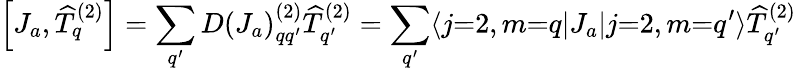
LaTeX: \left[J_{a},{\widehat{T}}_{q}^{(2)}\right]=\sum_{q^{\prime}}{D(J_{a})}_{qq^{\prime}}^{(2)}{\widehat{T}}_{q^{\prime}}^{(2)}=\sum_{q^{\prime}}\langle j{=}2,m{=}q|J_{a}|j{=}2,m{=}q^{\prime}\rangle{\widehat{T}}_{q^{\prime}}^{(2)}